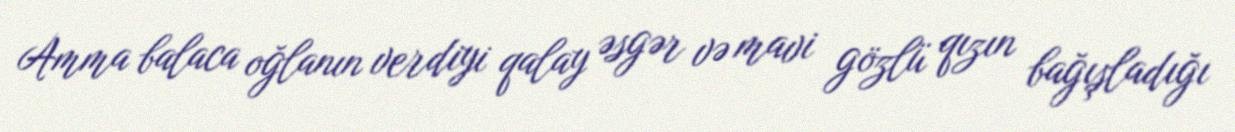
Amma balaca oğlanın verdiyi qalay əsgər və mavi gözlü qızın bağışladığı